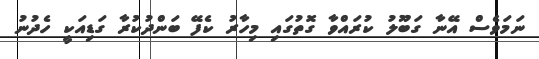
ނަމަވެސް އޭނާ ގަބޫލު ކުރައްވާ ގޮތުގައި މިހާރު ކެފޭ ބަންދުކުރާ ގަޑިއަކީ ހެދުނު